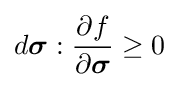
d{\boldsymbol {\sigma }}:{\frac {\partial f}{\partial {\boldsymbol {\sigma }}}}\geq 0